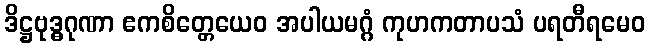
ဒိဋ္ဌဗုဒ္ဓဂုဏာ ဧကစိတ္တေယေဝ အပါယမဂ္ဂံ ကုဟကတာပသံ ပရတီရမေဝ